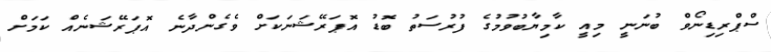
ސްޕްރިޑިނޯވް ބުނަނީ މިއީ ކާމިޔާބުވުމުގެ ފުރުސަތު ބޮޑު އޮޕަރޭޝަނަކަށް ވެގެންދާނެ އޮޕަރޭޝަނެއް ކަމަށް